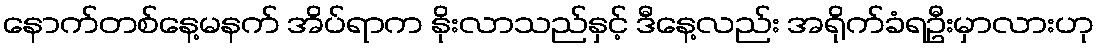
နောက်တစ်နေ့မနက် အိပ်ရာက နိုးလာသည်နှင့် ဒီနေ့လည်း အရိုက်ခံရဦးမှာလားဟု